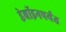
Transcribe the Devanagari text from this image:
डेबॉइनपर्यंत